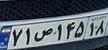
۷۱ص۱۴۵۱۸